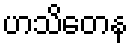
ဟသိတေန